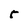
Character: 5